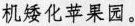
机矮化苹果园。